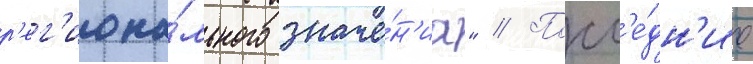
р'ег'иона́льного значе́н'иа" // Посл'е́дн'ие